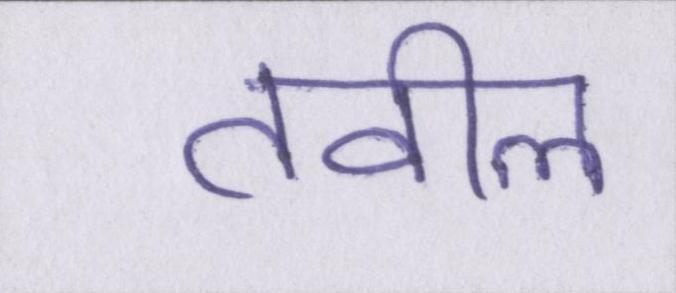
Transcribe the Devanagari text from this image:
तवील